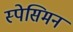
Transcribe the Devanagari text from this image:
स्पेसिमन